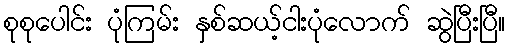
စုစုပေါင်း ပုံကြမ်း နှစ်ဆယ့်ငါးပုံလောက် ဆွဲပြီးပြီ။